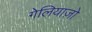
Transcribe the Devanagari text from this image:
गेलियाज़ो